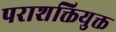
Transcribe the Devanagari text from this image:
पराशक्तियुक्त